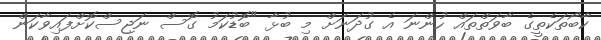
ކާބޯތަކެތީގެ ބާވަތްތައް ހުންނަ އެ ގުދަނަށް މި ބުޅާ "ބޮޑުކަމު ގޮސް ނަޖިސްކޮށްފައިވާކަން